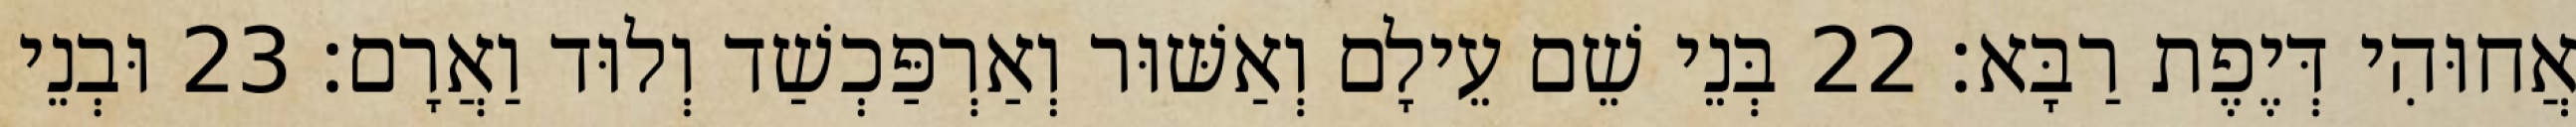
אֲחוּהִי דְּיֶפֶת רַבָּא׃ 22 בְּנֵי שֵׁם עֵילָם וְאַשּׁוּר וְאַרְפַּכְשַׁד וְלוּד וַאֲרָם׃ 23 וּבְנֵי